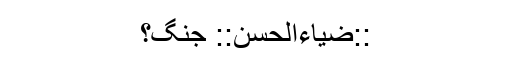
::ضیاءالحسن:: جنگ؟